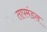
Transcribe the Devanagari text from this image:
तापमंडल